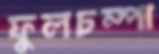
ফুলচম্পা